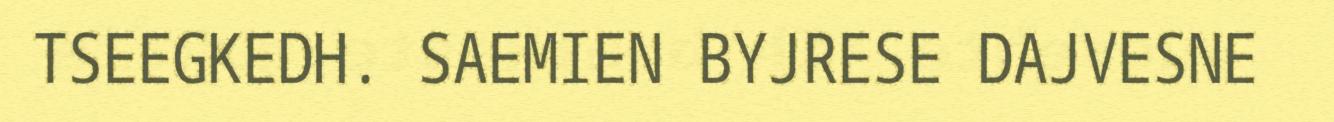
TSEEGKEDH. SAEMIEN BYJRESE DAJVESNE